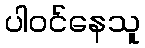
ပါဝင်နေသူ